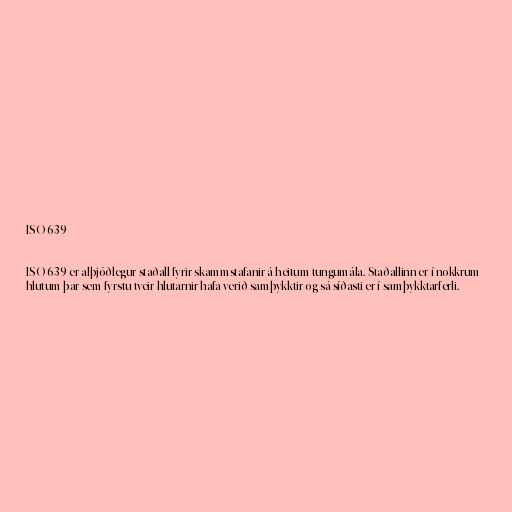
ISO 639

ISO 639 er alþjóðlegur staðall fyrir skammstafanir á heitum tungumála. Staðallinn er í nokkrum
hlutum þar sem fyrstu tveir hlutarnir hafa verið samþykktir og sá síðasti er í samþykktarferli.